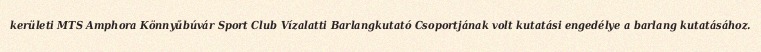
kerületi MTS Amphora Könnyűbúvár Sport Club Vízalatti Barlangkutató Csoportjának volt kutatási engedélye a barlang kutatásához.